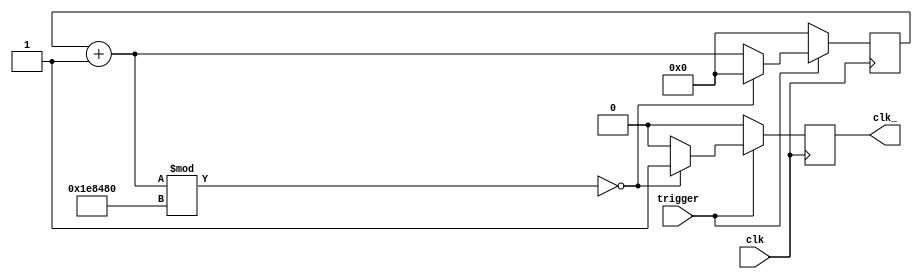
`timescale 1ns / 1ps
//////////////////////////////////////////////////////////////////////////////////
// Company: 
// Engineer: 
// 
// Design Name: 
// Module Name: clk_div
// Project Name: 
// Target Devices: 
// Tool Versions: 
// Description: 
// 
// Dependencies: 
// 
// Revision:
// Revision 0.01 - File Created
// Additional Comments:
// 
//////////////////////////////////////////////////////////////////////////////////


module clk_div(clk,trigger,clk_);
input clk,trigger;
output reg clk_=0;
reg [23:0] t=0;
parameter div=24'd2000000;
always @(posedge clk)
begin
    if(trigger)
    begin
        t=t+1;
        if(t%div==0)
        begin
            clk_=1;
            t=0;
        end
        else
            clk_=0;
    end
    else
    begin
        t=0;
        clk_=0;
    end
end
endmodule